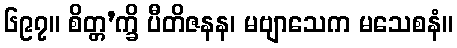
၆၉၇။ စိတ္တ’က္ခိ ပီတိဇနန၊ မဗျာသေက မသေစနံ။